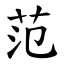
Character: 范